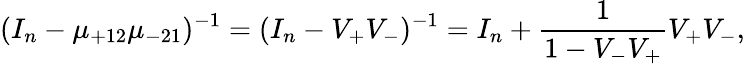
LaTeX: (I_{n}-\mu_{+12}\mu_{-21})^{-1}=(I_{n}-V_{+}V_{-})^{-1}=I_{n}+\frac{1}{1-V_{-}V_{+}}V_{+}V_{-},